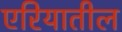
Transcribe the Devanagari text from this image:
एरियातील